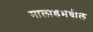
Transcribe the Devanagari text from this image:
मालाडमधील